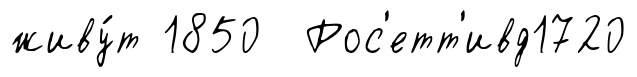
живу́т 1850 Рос'етт'ивд1720